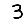
Digit: 3